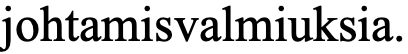
johtamisvalmiuksia.